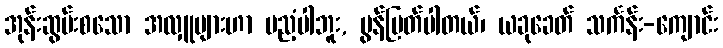
အုန်းဆွမ်းစသော အလှူများဟာ မညံ့ပါဘူး, မွန်မြတ်ပါတယ်၊ ယခုခေတ် သင်္ကန်း-ကျောင်း